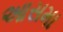
આસમા